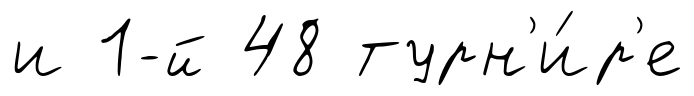
и 1-й 48 турн'и́р'е